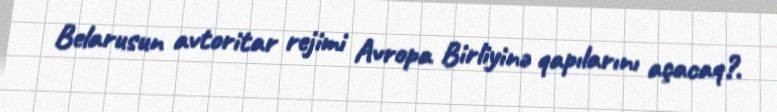
Belarusun avtoritar rejimi Avropa Birliyinə qapılarını açacaq?.